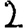
Digit: 2